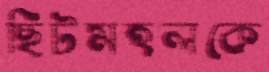
ছিটমহলকে